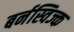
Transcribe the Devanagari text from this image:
बर्नस्विज्क